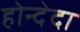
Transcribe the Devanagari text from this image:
होन्देदा